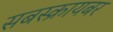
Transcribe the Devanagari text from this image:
सबस्क्रायबर